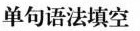
单句语法填空